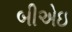
બીએઇ